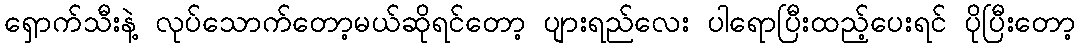
ရှောက်သီးနဲ့ လုပ်သောက်တော့မယ်ဆိုရင်တော့ ပျားရည်လေး ပါရောပြီးထည့်ပေးရင် ပိုပြီးတော့